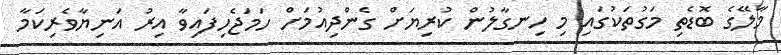
މާލޭގެ ބޮޑެތި މަގުތަކުގައި މި ހިނގާލުން ކުރިޔަށް ގެންދިއުމަށް ހަމަޖެހިފައިވާ އިރު އަނިޔާވެރިކަމާ